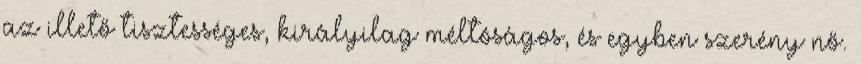
az illető tisztességes, királyilag méltóságos, és egyben szerény nő.